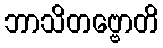
ဘာသိတဗ္ဗောတိ